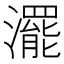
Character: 𤁣